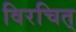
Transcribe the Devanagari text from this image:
विरचित्